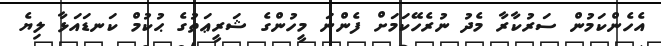
އެހެންކަމުން ސަރުކާރާ މެދު ނުރެހޭކަމަށް ފެންނަ މީހުންގެ ޝަރީޢަތުގެ ޙުކުމް ކަނޑައަޅާ ލިޔެ